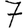
Digit: 7